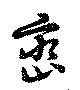
巒